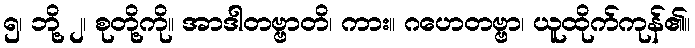
၅၊ ဘို့ ၂၊ စုတို့ကို။ အာဒါတဗ္ဗာတိ၊ ကား။ ဂဟေတဗ္ဗာ၊ ယူထိုက်ကုန်၏။